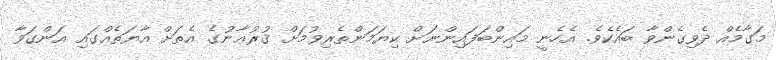
މަގާމެއް ދެވިގެންވާ ބައެކެވެ. އެހެނީ މައިންބަފައިންނަށް ކިޔަމަންތެރިވުމަށް ޤުރުޢާނުގެ އެތަށް އާޔަތެއްގައި އަންގަވާ